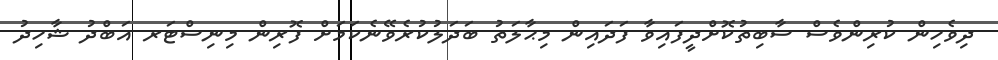
ދިވެހިން ކުރިންވެސް ސާބިތުކޮށްދީފައިވާ ފަދައިން މިޙާލަތު ބަދަލުކުރެވޭނެކަމަށް ފޮރިން މިނިސްޓަރ އަބްދު ޝާހިދު